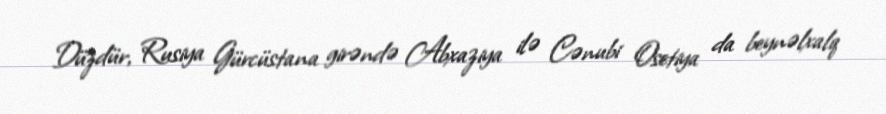
Düzdür, Rusiya Gürcüstana girəndə Abxaziya ilə Cənubi Osetiya da beynəlxalq